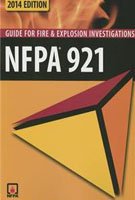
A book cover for Nfpa 921 Guide for Fire & Explosion Investigations 2014; Nfpa; Medical Books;